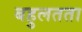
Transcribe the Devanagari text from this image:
बहुलतता